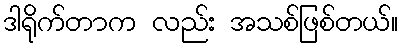
ဒါရိုက်တာက လည်း အသစ်ဖြစ်တယ်။